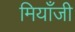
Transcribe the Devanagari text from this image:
मियाँजी